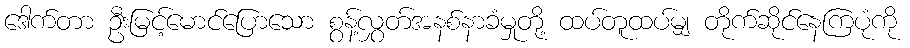
ဒေါက်တာ ဦးမြင့်မောင်ပြောသော စွန့်လွှတ်အနစ်နာခံမှုတို့ ထပ်တူထပ်မျှ တိုက်ဆိုင်နေကြပုံကို